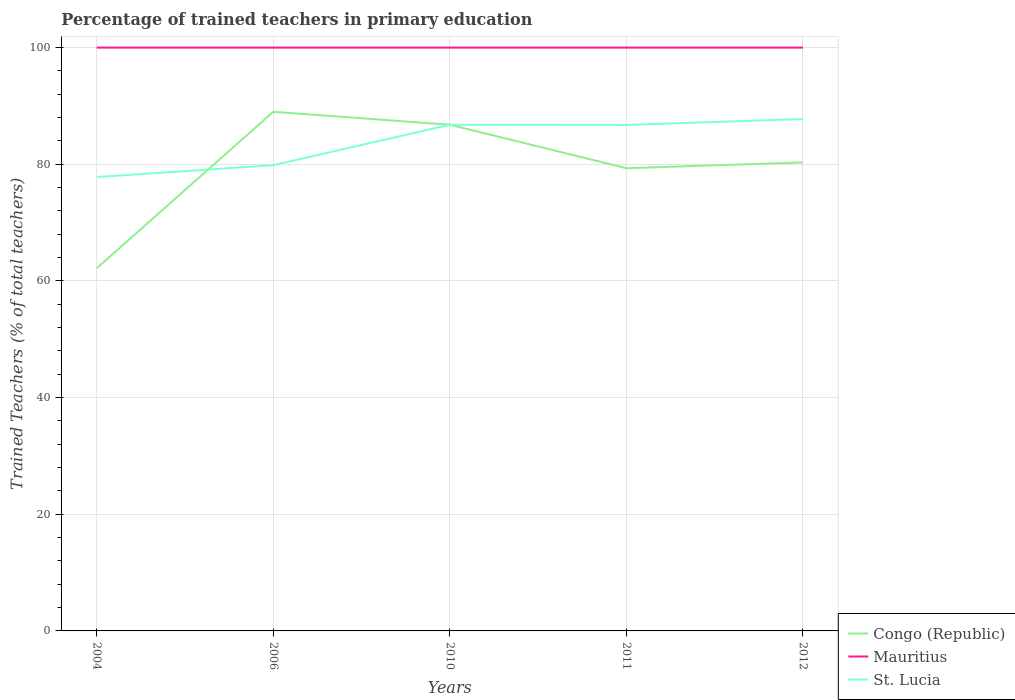
| Years | Congo (Republic) | Mauritius | St. Lucia |
 | --- | --- | --- | --- |
 | 2004 | 62.2 | 100 | 77.8 |
 | 2006 | 89 | 100 | 79.8 |
 | 2010 | 86.8 | 100 | 86.8 |
 | 2011 | 79.3 | 100 | 86.7 |
 | 2012 | 80.3 | 100 | 87.8 |